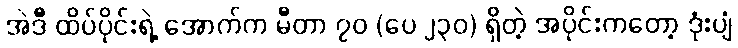
အဲဒီ ထိပ်ပိုင်းရဲ့ အောက်က မီတာ ၇၀ (ပေ ၂၃၀) ရှိတဲ့ အပိုင်းကတော့ ဒုံးပျံ